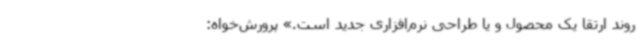
روند ارتقا یک محصول و یا طراحی نرم‌افزاری جدید است.» پرورش‌خواه: